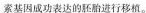
索基因成功表达的胚胎进行移植。